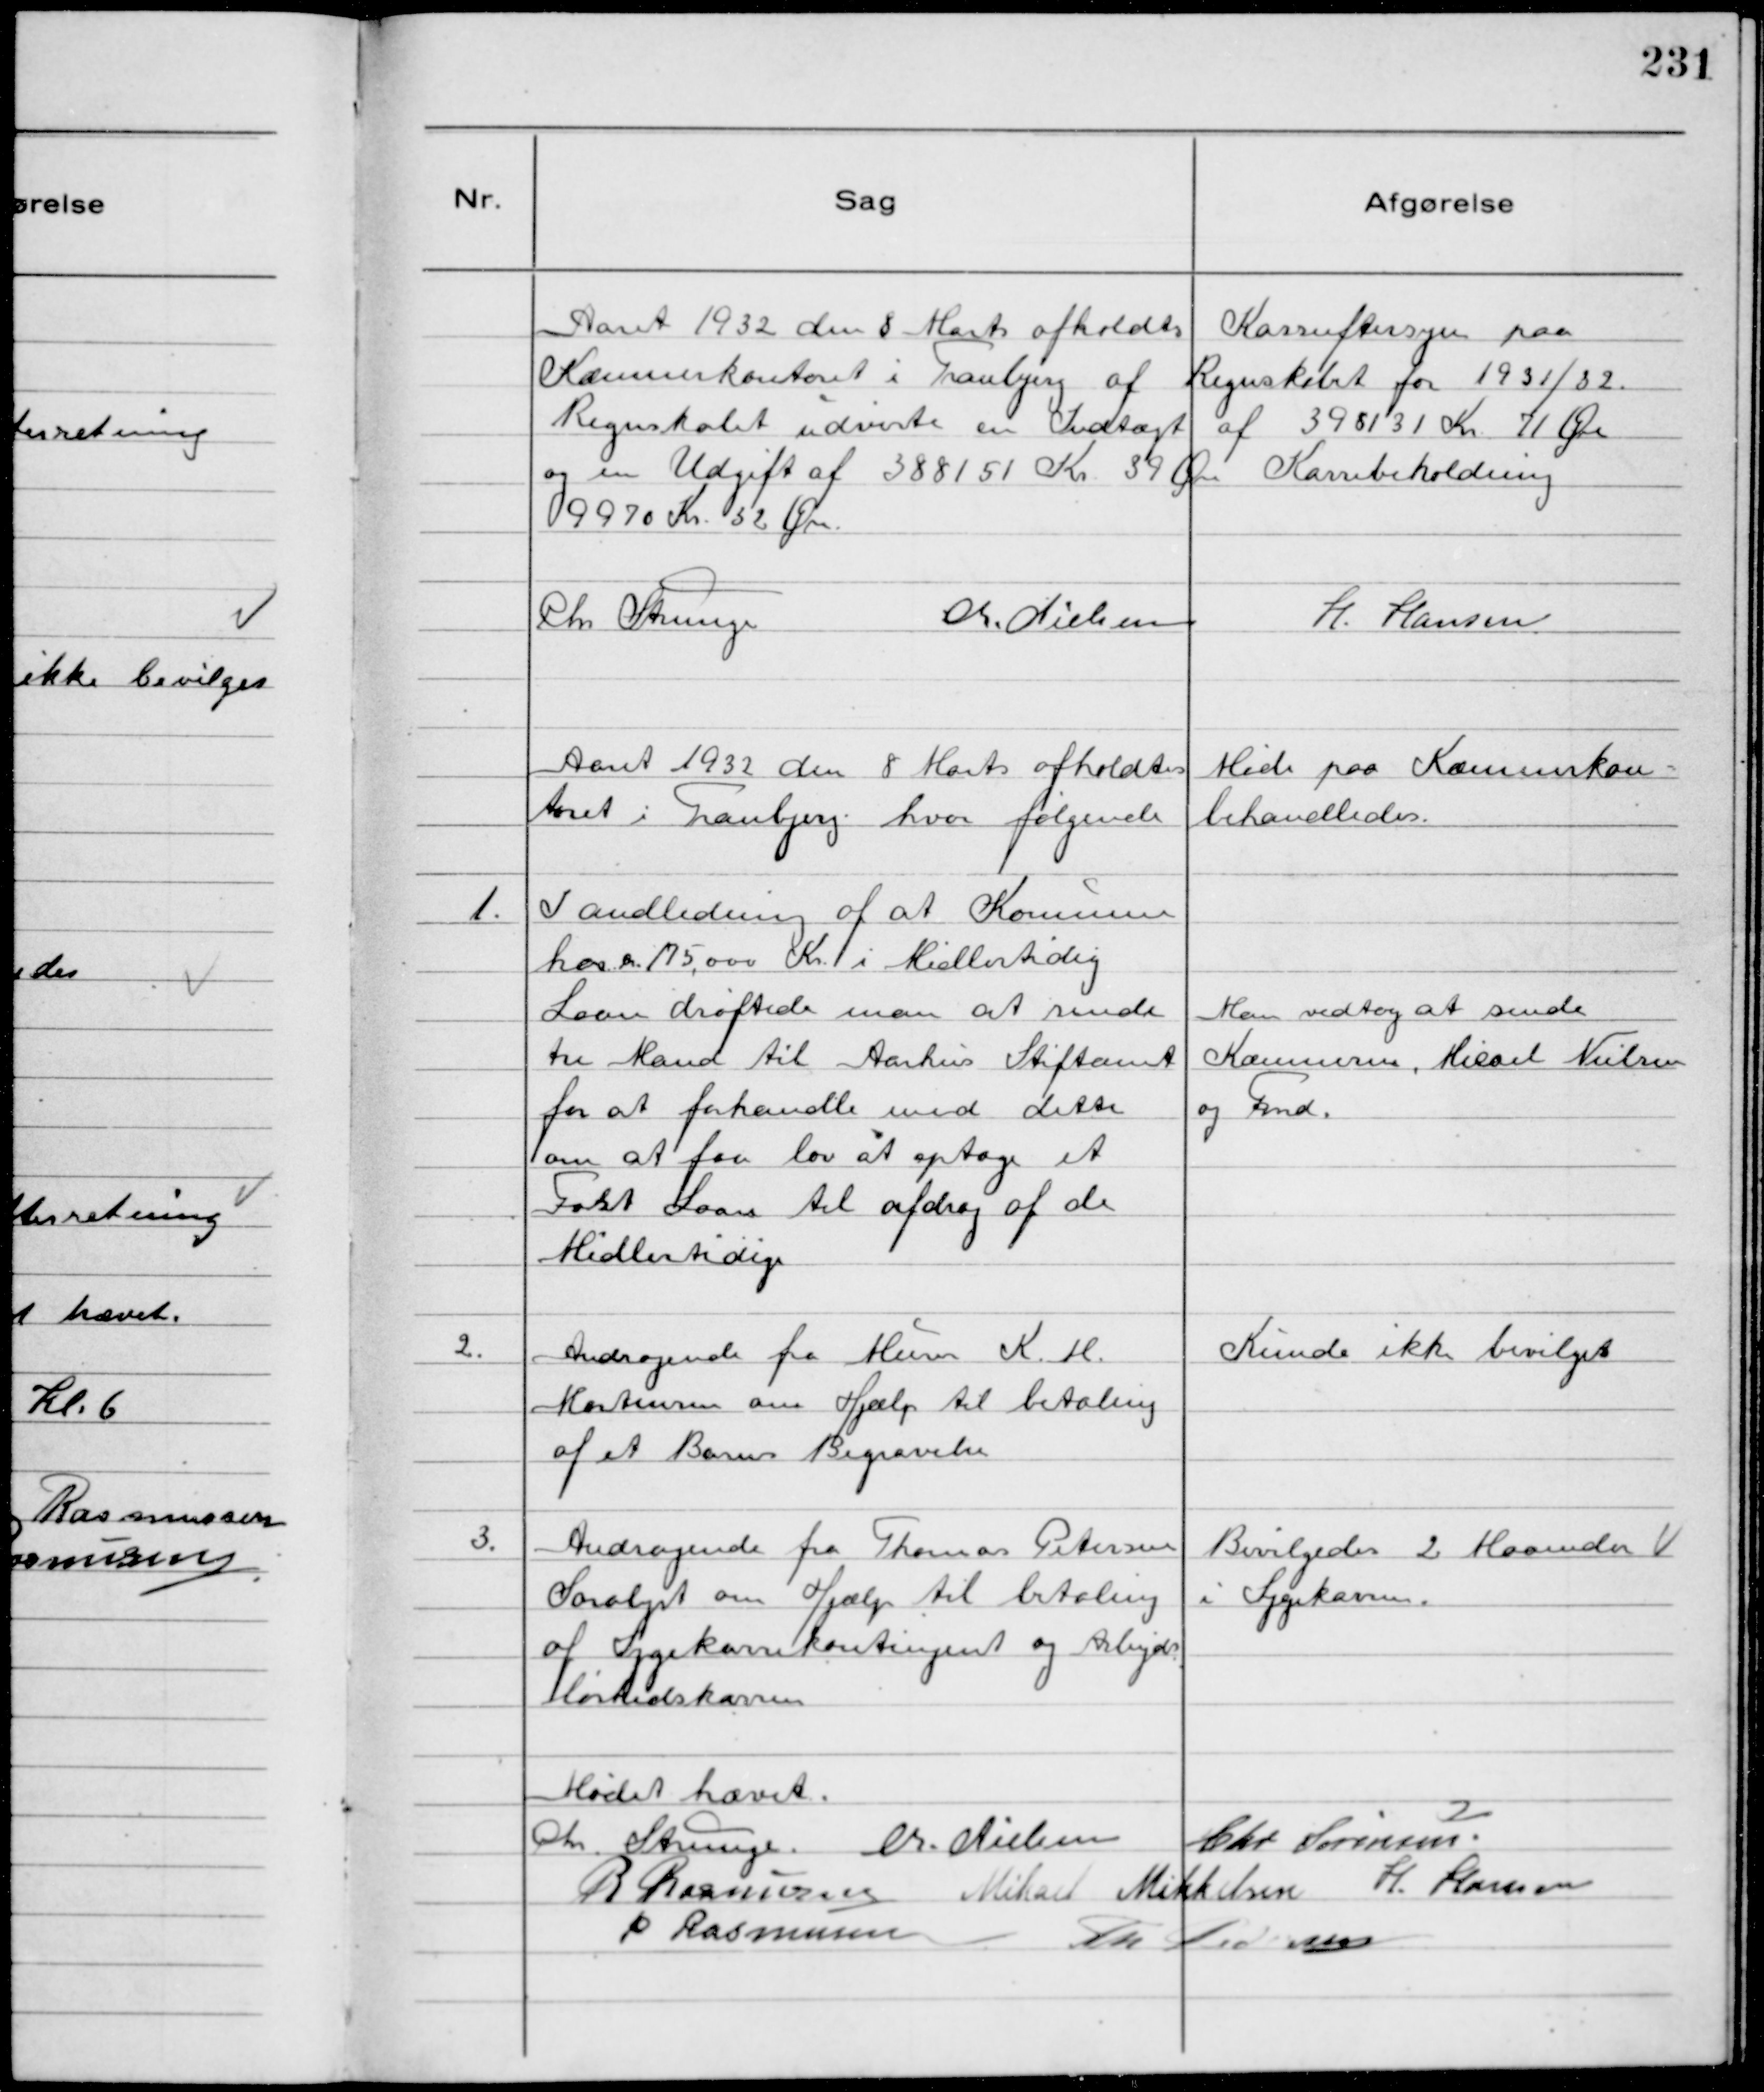
Transskription:
Aaret 1932 den 8 Marts afholdts Kasseeftersyn paa
Kommunekontoret i Tranbjerg af Regnskabet for 1931/32.
Regnskabet udviste en Indtægt af 398131 Kr. 71 Øre
og en Udgift af 388151 Kr. 39 Øre Kassebeholdning
9970 Kr. 32 Øre.
Chr Strunge
Chr. Nielsen
H. Hansen

Aaret 1932 den 8 Marts afholdtes Møde paa Kommunekon-
toret i Tranbjerg hvor følgende behandledes.

1.
I andledning af at Kommunen
har ca. 175,000 Kr i Midlertidig
Laan drøftede man at sende
tre Mand til Aarhus Stiftamt
for at forhandle med dette
om at faa lov at optage et
Fast Laan til afdrag af de
Midlertidige

Man vedtog at sende
Kassereren, Micael Nielsen
og Fmd.

2.
Andragende fra Murer K. M.
Mortensen om Hjælp til betaling
af et Barns Begravelse

Kunde ikke bevilges

3.
Andragende fra Thomas Petersen
Saralyst om Hjælp til betaling
af Sygekassekontingent og Arbejds
løshedskassen

Bevilgedes 2 Maaneder
i Sygekassen.

Mødet hævet.
Chr. Strunge. Chr. Nielsen Chr Sørensen.
R Rasmussen Mikael Mikkelsen H. Hansen
P Rasmussen 
Th Pedersen